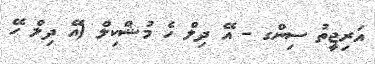
އަރިޖީތު ސިންގ - އޭ ދިލް ހެ މުޝްކިލް (އޭ ދިލް ހޭ